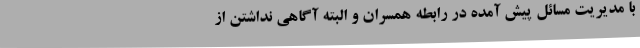
با مدیریت مسائل پیش آمده در رابطه همسران و البته آگاهی نداشتن از